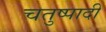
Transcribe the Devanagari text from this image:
चतुष्पादी